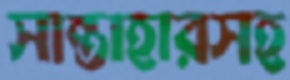
সান্তাহারসহ